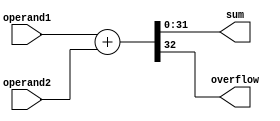
module ThirtyTwoBitAdder(
input wire[31:0] operand1,
input wire[31:0] operand2,
output reg[31:0] sum,
output reg overflow);

reg[32:0]SumBus;

always @(*)begin
SumBus = operand1+operand2;
sum <= SumBus[31:0];
overflow <= SumBus[32];
end
endmodule